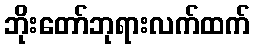
ဘိုးတော်ဘုရားလက်ထက်